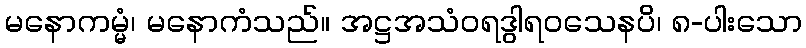
မနောကမ္မံ၊ မနောကံသည်။ အဋ္ဌအသံဝရဒွါရဝသေနပိ၊ ၈-ပါးသော